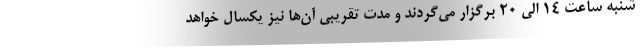
شنبه ساعت 14 الی 20 برگزار می‌گردند و مدت تقریبی آن‌ها نیز یکسال خواهد